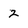
Character: 2